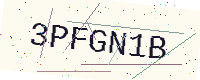
Text: 3PFGN1B